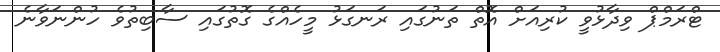
ޓްރަމްޕް ވިދާޅުވީ ކުރިއަށް އޮތް ތަނުގައި ރަނގަޅު މީހެއްގެ ގޮތުގައި ސާބިތުވެ ހުންނަވާނެ